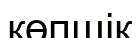
көпшік